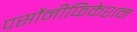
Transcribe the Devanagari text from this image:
पर्सोनीफिकेशन